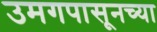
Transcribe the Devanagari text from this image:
उमगपासूनच्या